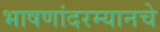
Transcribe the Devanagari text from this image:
भाषणांदरम्यानचे